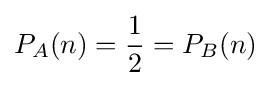
P_{A}(n)={\frac {1}{2}}=P_{B}(n)